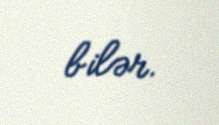
bilər.